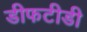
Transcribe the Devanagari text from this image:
डीफटीडी